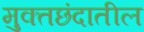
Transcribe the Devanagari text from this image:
मुक्तछंदातील